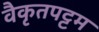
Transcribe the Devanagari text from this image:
वैकृतपट्टम